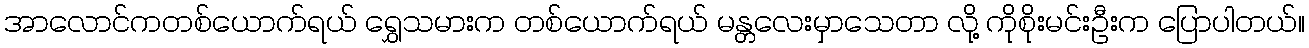
အာလောင်ကတစ်ယောက်ရယ် ရွှေသမားက တစ်ယောက်ရယ် မန္တလေးမှာသေတာ လို့ ကိုစိုးမင်းဦးက ပြောပါတယ်။